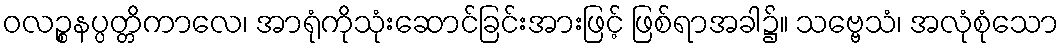
ဝလဉ္စနပ္ပတ္တိကာလေ၊ အာရုံကိုသုံးဆောင်ခြင်းအားဖြင့် ဖြစ်ရာအခါ၌။ သဗ္ဗေသံ၊ အလုံစုံသော